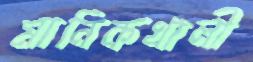
মানিকখালী